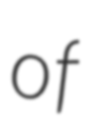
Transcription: of